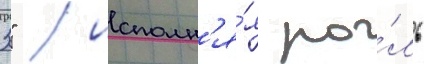
3" / исполн'я́я ро́ль